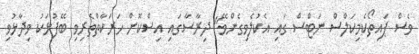
ވެސް ޕައިތޯކެމިކަލްސް ނަޓްސް ގައި އެކުލެވިގެންވޭ" ދިރާސާގައި އިސްކޮށް ހަރަކާތްތެރިވި ބޭފުޅަކު ވިދާޅުވި